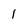
Character: 1